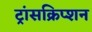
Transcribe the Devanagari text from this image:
ट्रांसक्रिप्‍शन